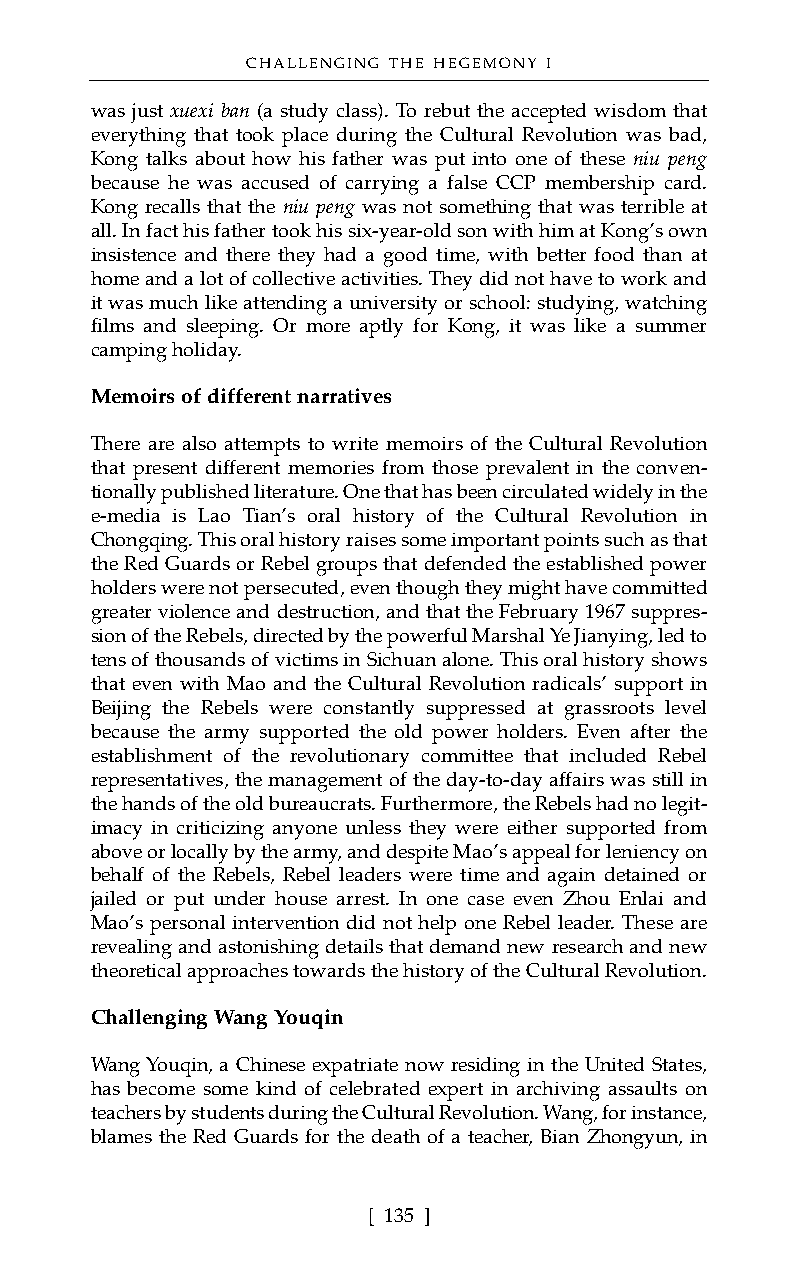
CHALLENGING THE HEGEMONY I
 was just xuexi ban (a study class). To rebut the accepted wisdom that
 everything that took place during the Cultural Revolution was bad,
 Kong talks about how his father was put into one of these niu peng
 because he was accused of carrying a false CCP membership card.
 Kong recalls that the niu peng was not something that was terrible at
 all. In fact his father took his six-year-old son with him at Kong’s own
 insistence and there they had a good time, with better food than at
 home and a lot of collective activities. They did not have to work and
 it was much like attending a university or school: studying, watching
 films and sleeping. Or more aptly for Kong, it was like a summer
 camping holiday.
 Memoirs of different narratives
 There are also attempts to write memoirs of the Cultural Revolution
 that present different memories from those prevalent in the conven-
 tionally published literature. One that has been circulated widely in the
 e-media is Lao Tian’s oral history of the Cultural Revolution in
 Chongqing. This oral history raisessome importantpoints such as that
 the Red Guards or Rebel groups that defended the established power
 holders were not persecuted, even though they might have committed
 greater violence and destruction, and that the February 1967 suppres-
 sion of the Rebels, directed by the powerful Marshal Ye Jianying, led to
 tens of thousands of victims in Sichuan alone. This oral history shows
 that even with Mao and the Cultural Revolution radicals’ support in
 Beijing the Rebels were constantly suppressed at grassroots level
 because the army supported the old power holders. Even after the
 establishment of the revolutionary committee that included Rebel
 representatives, the management of the day-to-day affairs was still in
 the hands of the old bureaucrats. Furthermore, the Rebels had no legit-
 imacy in criticizing anyone unless they were either supported from
 above or locally by the army, and despite Mao’s appeal for leniency on
 behalf of the Rebels, Rebel leaders were time and again detained or
 jailed or put under house arrest. In one case even Zhou Enlai and
 Mao’s personal intervention did not help one Rebel leader. These are
 revealing and astonishing details that demand new research and new
 theoretical approaches towards the history of the Cultural Revolution.
 Challenging Wang Youqin
 Wang Youqin, a Chinese expatriate now residing in the United States,
 has become some kind of celebrated expert in archiving assaults on
 teachers by students during the Cultural Revolution. Wang, for instance,
 blames the Red Guards for the death of a teacher, Bian Zhongyun, in
 [ 135 ]